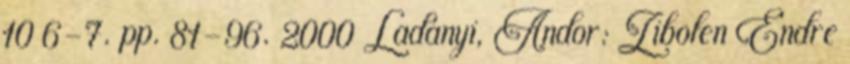
10 6-7. pp. 81-96. 2000 Ladányi, Andor: Zibolen Endre